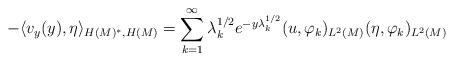
LaTeX: \begin{align*}-\langle v_y(y), \eta \rangle_{H(M)^*, H(M)} = \sum_{k=1}^\infty \lambda_k^{1\slash 2}e^{-y\lambda_k^{1\slash 2}}(u,\varphi_k)_{L^2(M)}(\eta,\varphi_k)_{L^2(M)}\end{align*}